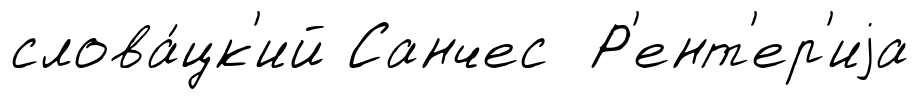
слова́цк'ий Санчес Р'ент'ер'иjа